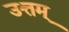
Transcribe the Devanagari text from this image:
उत्तम्